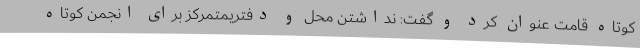
کوتاه قامت عنوان کرد و گفت: نداشتن محل و دفتریمتمرکز برای انجمن کوتاه